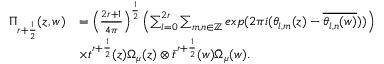
\begin{array} { r l } { \Pi _ { r + \frac { 1 } { 2 } } ( z , w ) } & { = \left( \frac { 2 r + 1 } { 4 \pi } \right) ^ { \frac { 1 } { 2 } } \left( \sum _ { l = 0 } ^ { 2 r } \sum _ { m , n \in \mathbb { Z } } e x p ( 2 \pi i ( \theta _ { l , m } ( z ) - \overline { { \theta _ { l , n } ( w ) } } ) ) \right) } \\ & { \times t ^ { r + \frac { 1 } { 2 } } ( z ) \Omega _ { \mu } ( z ) \otimes \bar { t } ^ { r + \frac { 1 } { 2 } } ( w ) \bar { \Omega } _ { \mu } ( w ) . } \end{array}